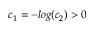
c _ { 1 } = - l o g ( c _ { 2 } ) > 0